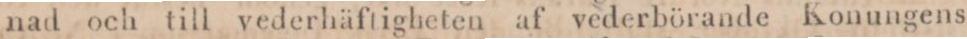
nad och till vederhäftigheten af vederbörande Konungens